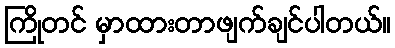
ကြိုတင် မှာထားတာဖျက်ချင်ပါတယ်။